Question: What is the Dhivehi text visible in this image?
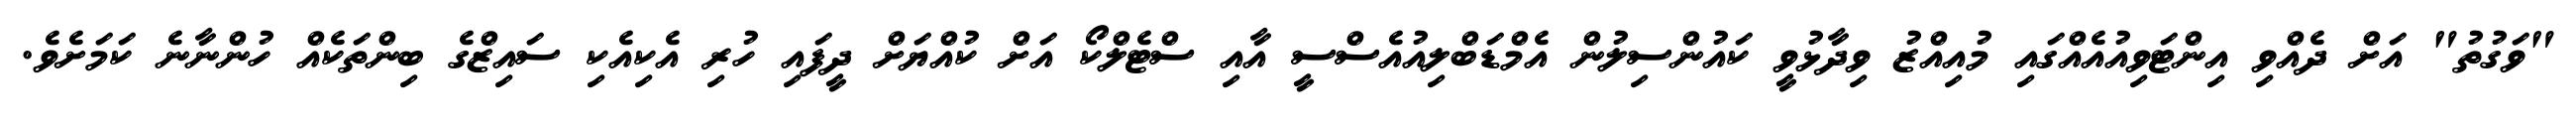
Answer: "ވަގުތު" އަށް ދެއްވި އިންޓަވިއުއެއްގައި މުއިއްޒު ވިދާޅުވީ ކައުންސިލުން އެމްޑަބްލިއުއެސްސީ އާއި ސްޓެލްކޯ އަށް ކުއްޔަށް ދީފައި ހުރި އެކިއެކި ސައިޒްގެ ބިންތަކެއް ހުންނާނެ ކަމަށެވެ.